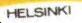
HELSINKI